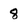
Character: 8